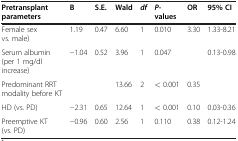
| Pretransplant parameters | B | S.E. | Wald | df | P- values | OR | 95% CI |
 | --- | --- | --- | --- | --- | --- | --- | --- |
 | Female sex vs. male) | 1.19 | 0.47 | 6.60 | 1 | 0.010 | 3.30 | 1.33-8.21 |
 | Serum albumin (per 1 mg/dl increase) | −1.04 | 0.52 | 3.96 | 1 | 0.047 |  | 0.13-0.98 |
 | Predominant RRT modality before KT |  |  | 13.66 | 2 | < 0.001 | 0.35 |  |
 | HD (vs. PD) | −2.31 | 0.65 | 12.64 | 1 | < 0.001 | 0.10 | 0.03-0.36 |
 | Preemptive KT (vs. PD) | −0.96 | 0.60 | 2.56 | 1 | 0.110 | 0.38 | 0.12-1.24 |